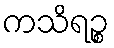
ကသိရဉ္စ